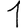
Digit: 1